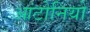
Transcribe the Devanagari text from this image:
आंटोनियो